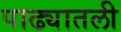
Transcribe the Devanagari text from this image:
पाढ्यातली